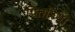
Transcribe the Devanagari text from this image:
पितरिया